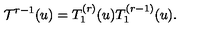
{ \cal T } ^ { r - 1 } ( u ) = T _ { 1 } ^ { ( r ) } ( u ) T _ { 1 } ^ { ( r - 1 ) } ( u ) .